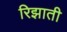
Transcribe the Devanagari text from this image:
रिझाती